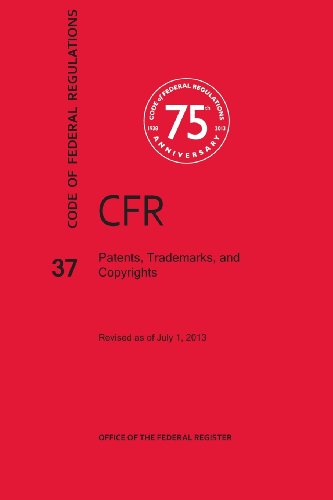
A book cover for Code of Federal Regulations Title 37, Patents, Trademarks and Copyrights, 2013; National Archives and Records Administra; Law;